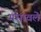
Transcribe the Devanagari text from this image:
गंधावले